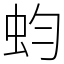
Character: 蚐